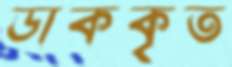
ডাককৃত